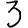
Digit: 3